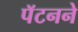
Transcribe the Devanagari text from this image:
पॅटनने